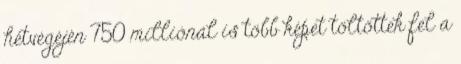
hétvégéjén 750 milliónál is több képet töltöttek fel a